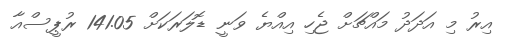
އިރު މި އަދަދު މައްޗަށް ޖެހި އިއްޔެ ވަނީ ޑޮލަރަކަށް 141.05 ރުޕީސްއާ